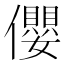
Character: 𪝼